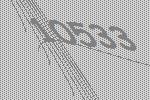
10533